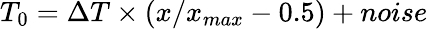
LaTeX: T_{0}=\Delta T\times\left(x/x_{max}-0.5\right)+noise